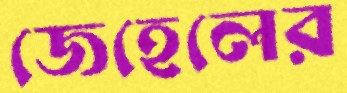
জেহেলের